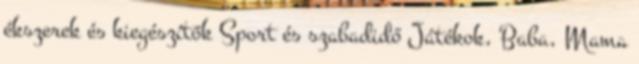
ékszerek és kiegészítők Sport és szabadidő Játékok, Baba, Mama